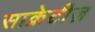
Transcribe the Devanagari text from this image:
साक्रेटीज़